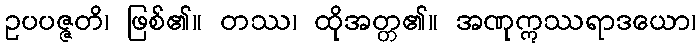
ဥပပဇ္ဇတိ၊ ဖြစ်၏။ တဿ၊ ထိုအတ္တ၏။ အဏုဣဿရာဒယော၊